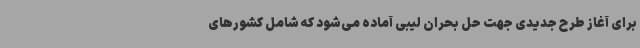
برای آغاز طرح جدیدی جهت حل بحران لیبی آماده می‌شود که شامل کشورهای